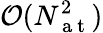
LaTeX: \mathcal{O}(N_{\mathrm{~a~t~}}^{2})